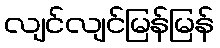
လျင်လျင်မြန်မြန်